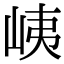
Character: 峓